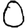
Digit: 0